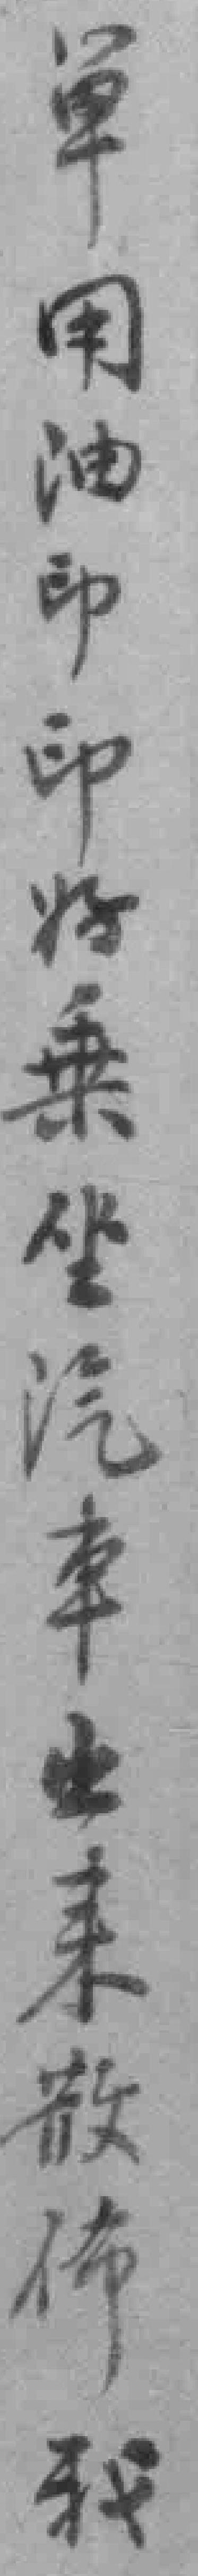
單用油印印好乗坐汽車出来散佈我